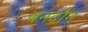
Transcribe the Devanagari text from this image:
बनदौन